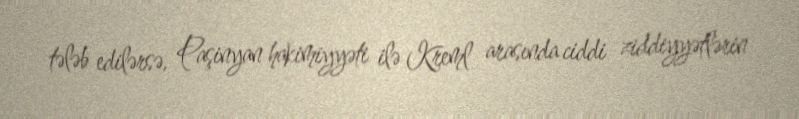
tələb edilərsə, Paşinyan hakimiyyəti ilə Kreml arasında ciddi ziddiyyətlərin